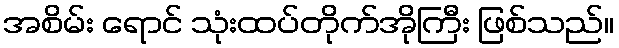
အစိမ်း ရောင် သုံးထပ်တိုက်အိုကြီး ဖြစ်သည်။